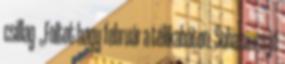
csillag „Foltot hagy február a télikabáton. Soha sincs jó